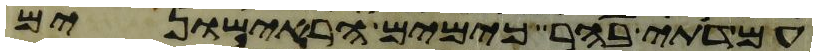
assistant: עמדתי בהר כימים הראישונים